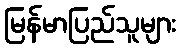
မြန်မာပြည်သူများ